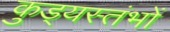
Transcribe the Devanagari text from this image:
कुड्यस्तंभों